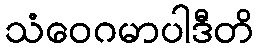
သံဝေဂမာပါဒီတိ